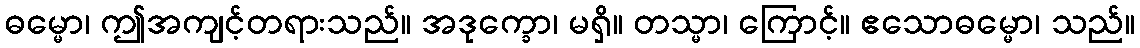
ဓမ္မော၊ ဤအကျင့်တရားသည်။ အဒုက္ခော၊ မရှိ။ တသ္မာ၊ ကြောင့်။ ဧသောဓမ္မော၊ သည်။